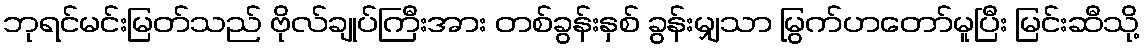
ဘုရင်မင်းမြတ်သည် ဗိုလ်ချုပ်ကြီးအား တစ်ခွန်းနှစ် ခွန်းမျှသာ မြွက်ဟတော်မူပြီး မြင်းဆီသို့